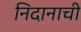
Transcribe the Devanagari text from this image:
निदानाची